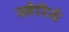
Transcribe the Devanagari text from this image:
स्वेरिये